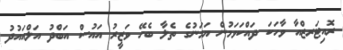
ރޮއިޓަރޒްއާ ވާހަކަ ދައްކަވަމުން ޔަމަނުގެ ތެލާ ބެހޭ ވަޒީރު އައުސް އަބްދު އަލްއައުދު